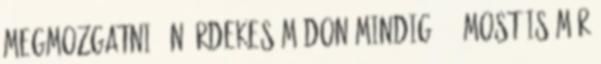
megmozgatni? Én érdekes módon mindig. :- Most is már